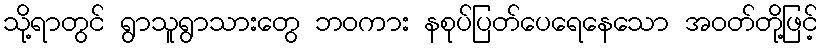
သို့ရာတွင် ရွာသူရွာသားတွေ ဘဝကား နစုပ်ပြတ်ပေရေနေသော အဝတ်တို့ဖြင့်